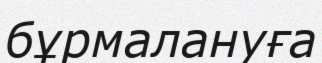
бұрмалануға